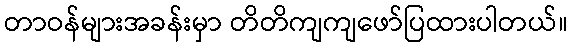
တာဝန်များအခန်းမှာ တိတိကျကျဖော်ပြထားပါတယ်။